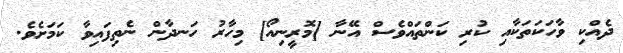
ދެއްކި ވާހަކަތަކާއި ކުރި ކަންތައްވެސް އޭނާ [މޮރީނިއޯ] މިހާރު ހަނދާން ނެތިފައިވާ ކަމަށެވެ.